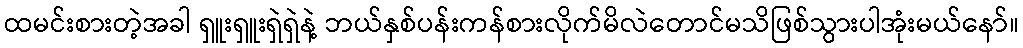
ထမင်းစားတဲ့အခါ ရှူးရှူးရှဲရှဲနဲ့ ဘယ်နှစ်ပန်းကန်စားလိုက်မိလဲတောင်မသိဖြစ်သွားပါအုံးမယ်နော်။